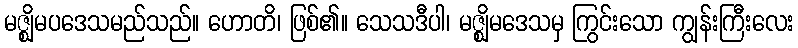
မဇ္ဈိမပဒေသမည်သည်။ ဟောတိ၊ ဖြစ်၏။ သေသဒီပါ၊ မဇ္ဈိမဒေသမှ ကြွင်းသော ကျွန်းကြီးလေး